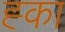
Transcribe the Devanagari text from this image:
ह्का